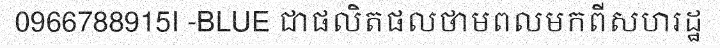
0966788915I -BLUE ជាផលិតផលថាមពលមកពីសហរដ្ឋ